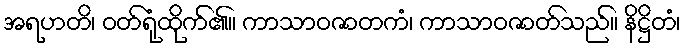
အရဟတိ၊ ဝတ်ရုံထိုက်၏။ ကာသာဝဇာတကံ၊ ကာသာဝဇာတ်သည်။ နိဋ္ဌိတံ၊